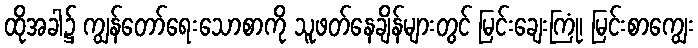
ထိုအခါ၌ ကျွန်တော်ရေးသောစာကို သူဖတ်နေချိန်များတွင် မြင်းချေးကြုံ၊ မြင်းစာကျွေး